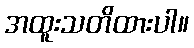
အထူးသတိထားပါ။